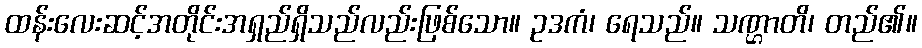
ထန်းလေးဆင့်အတိုင်းအရှည်ရှိသည်လည်းဖြစ်သော။ ဥဒကံ၊ ရေသည်။ သဏ္ဌာတိ၊ တည်၏။